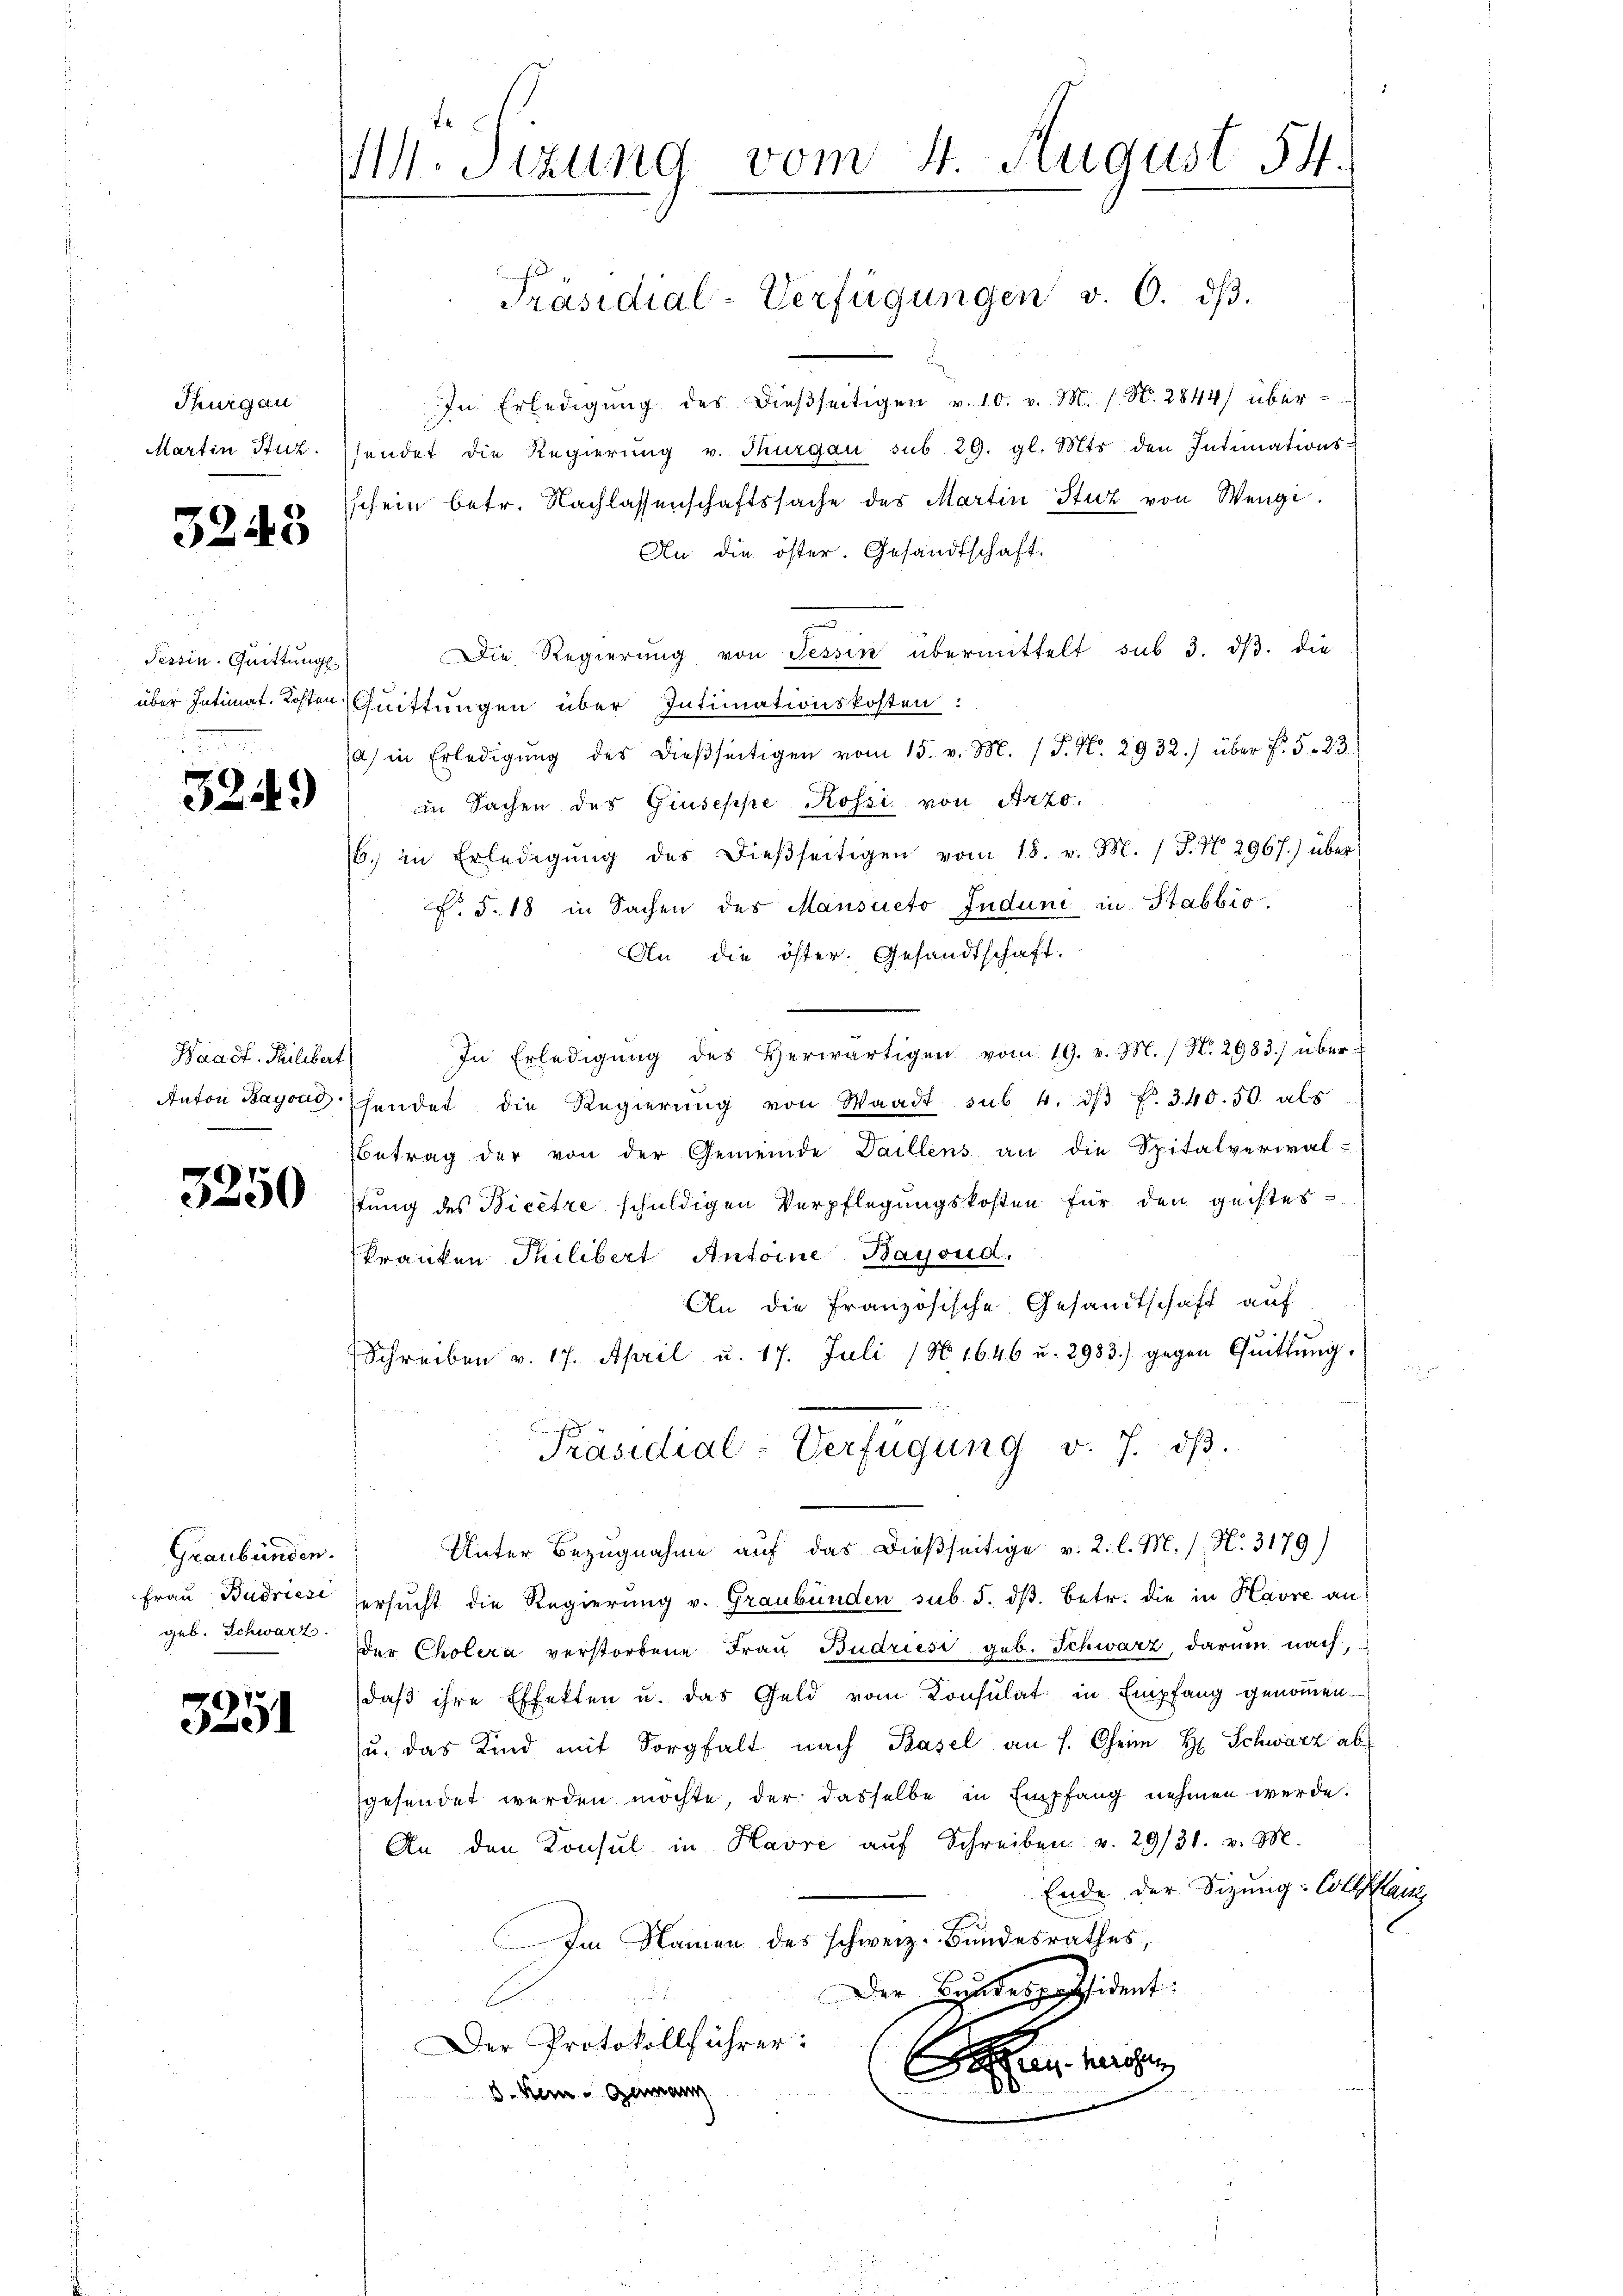
Thurgau
Martin Stuz.

3248

Tessin. Quittung

3249)

Waadt Philibert

x
0

Graubünden.
Frau Budriese
geb. Schwarz.

3251

M. Sitzung vom 4. August 54.

In Erledigŭng des dießseitigen v. 10. v. M. h. N. 2844) übersendet die Regierung v. Thurgau sub 29. gl. Mts. den Intimationsschein betr. Nachlassenschaftssache des Martin Stuz von Wengi
An die öster. Gesandtschaft.
s
Die Regierung von Tessin übermittelt sub 3. dβ. die
über Intimat. Kosten Quittungen über Intimationskosten:
a) in Erledigŭng des dieβseitigen vom 15. v. M. (T. No. 2932.) über f. 523.
in Sachen des Giuseppe Rossi von Arzo¬
6. in Erledigŭng des dieβseitigen vom 18. v. M. / J. No. 2967.) über
F. §. 18 in Sachen des Mansieto Induni in Stabbio.
An die öster. Gesandtschaft.
In Erledigŭng des Herwärtigen vom 19. v. M. / N. 2983) über-
Anton Bayon hendet die Regierŭng von Waadt sub. 4. dβ f. 340. 50. als
betrag der von der Gemeinde Daillens an die Spitalverwal-
stung des Bicêtre schuldigen Verpflegungskosten für den geisteskranken Thilibert Antoine Baysud.
An die französische Gesandtschaft auf
"
Schreiben v. 17. April u. 17. Juli (N 1646 u. 2983.) gegen Quittŭng.

Präsidial-Verfügung v. J. dβ.
Unter Bezugnahme auf das dießseitige v. 2. l. M. /. N. 3179)
ersucht die Regierung v. Graubünden sub. 5. dß. Betr. die in Havre an:
er Cholera verstorbene Frau Budriesi geb. Schwarz darum nach,
daß ihre Effekten u. das Geld vom Konsulat in Empfang genommen.
u. das Kind mit Sorgfalt nach Basel an s. Oheim H Schwarz ab
gesendet werden möchte, der dasselbe in Empfang nehmen werde.
An den Konsul in Havre auf Schreiben v. 29/31. v. M.
Ende der Sitzung: Collau
Im Namen des schweiz. Bundesrathes,
Der Bundespassident:

Der Protokollführer:
anherosen
0.
d. Kein Garann

Präsidial-Verfügungen v. 6. dβ.